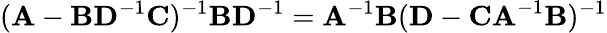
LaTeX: (\mathbf{A}-\mathbf{BD}^{-1}\mathbf{C})^{-1}\mathbf{BD}^{-1}=\mathbf{A}^{-1}\mathbf{B}(\mathbf{D}-\mathbf{CA}^{-1}\mathbf{B})^{-1}